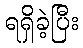
ရရှိခဲ့ပြီး